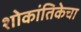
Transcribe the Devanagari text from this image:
शोकांतिकेचा